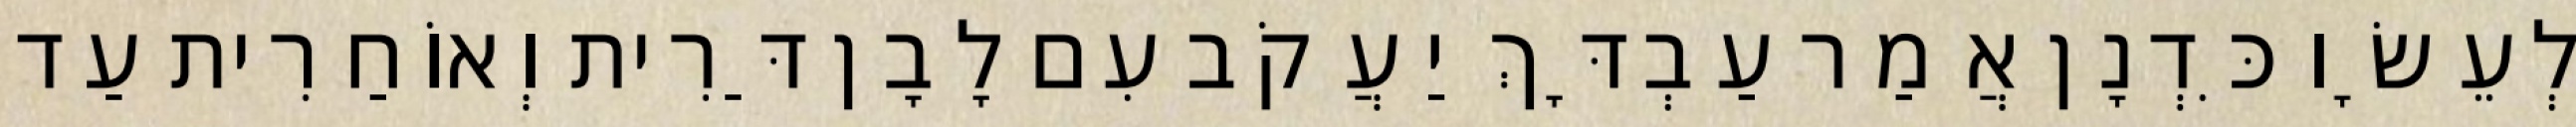
לְעֵשָׂו כִּדְנָן אֲמַר עַבְדָּךְ יַעֲקֹב עִם לָבָן דַּרִית וְאוֹחַרִית עַד